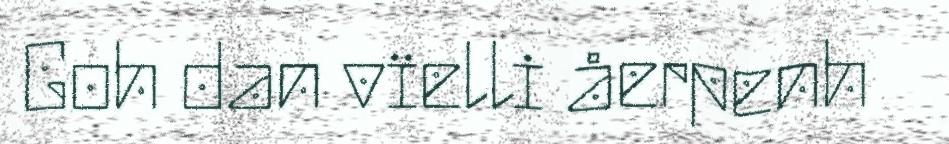
Goh dan vïelli åerpenh